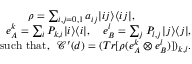
\begin{array} { r } { \rho = \sum _ { i , j = 0 , 1 } a _ { i j } | i j \rangle \langle i j | , ~ ~ ~ ~ ~ ~ ~ ~ ~ ~ ~ ~ ~ ~ ~ } \\ { e _ { A } ^ { k } = \sum _ { i } P _ { k , i } | i \rangle \langle i | , ~ ~ ~ e _ { B } ^ { l } = \sum _ { j } P _ { l , j } | j \rangle \langle j | , } \\ { \mathrm { s u c h ~ t h a t , } ~ ~ \mathcal { C } ^ { \prime } ( d ) = ( T r [ \rho ( e _ { A } ^ { k } \otimes e _ { B } ^ { l } ) ] ) _ { k , l } . } \end{array}